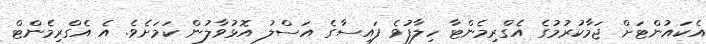
އެކައުންޓަށް ޖަމާކުރުމުގެ އެގްރިމެންޓާ ހިލާފުވެ ފައިސާގެ އަސްލު އޮޅުވާލުން ކަމަށެވެ. އެ އެގްރިމެންޓް